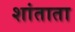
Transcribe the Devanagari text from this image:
शांताता